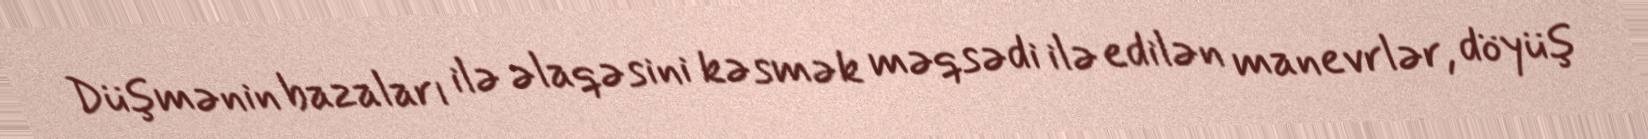
Düşmənin bazaları ilə əlaqəsini kəsmək məqsədi ilə edilən manevrlər, döyüş